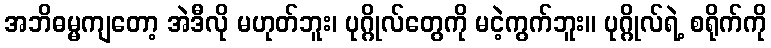
အဘိဓမ္မကျတော့ အဲဒီလို မဟုတ်ဘူး၊ ပုဂ္ဂိုလ်တွေကို မငဲ့ကွက်ဘူး။ ပုဂ္ဂိုလ်ရဲ့ စရိုက်ကို